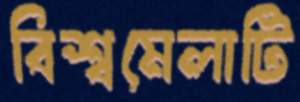
বিশ্বমেলাটি